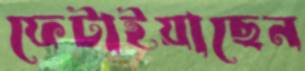
ফেটাইয়াছেন